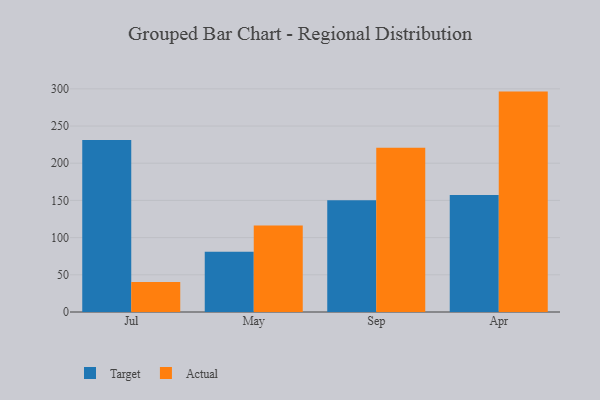
{"axis": {"x": "Month", "y": "Population (Million)"}, "legend": ["Actual", "Target"], "data": [{"x": "Jul", "y": 231.4, "type": "Target"}, {"x": "Jul", "y": 40.3, "type": "Actual"}, {"x": "May", "y": 80.9, "type": "Target"}, {"x": "May", "y": 116.2, "type": "Actual"}, {"x": "Sep", "y": 150.1, "type": "Target"}, {"x": "Sep", "y": 220.7, "type": "Actual"}, {"x": "Apr", "y": 157.2, "type": "Target"}, {"x": "Apr", "y": 296.3, "type": "Actual"}]}